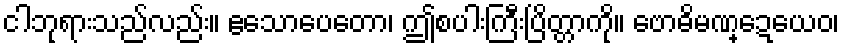
ငါဘုရားသည်လည်း။ ဧသောပေတော၊ ဤစပါးကြီးပြိတ္တာကို။ ဗောဓိမဏ္ဍေယေဝ၊